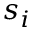
s _ { i }